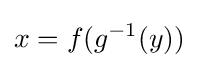
x=f(g^{-1}(y))